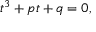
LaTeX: t ^ { 3 } + p t + q = 0 ,